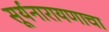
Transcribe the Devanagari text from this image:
सूर्यनारायणाचा